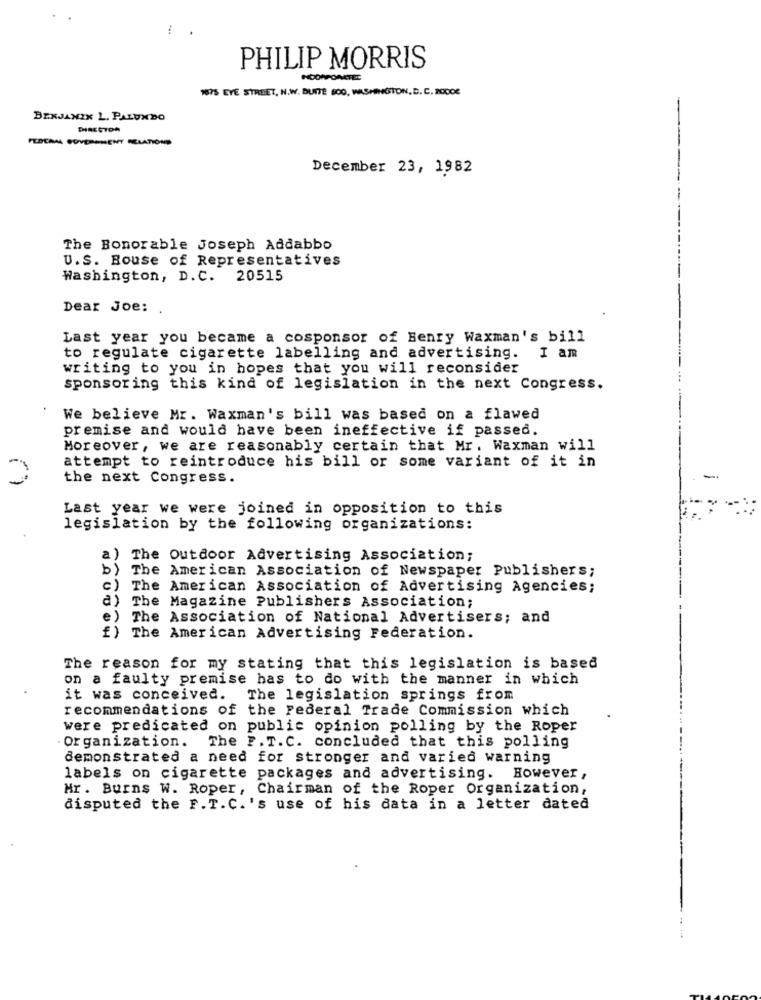
1
PHILIP MORRIS
1875 EYE STREET, N.W. BUTTE 800, WASHINGTON, D. C. 20008
BEXJANIX L. PALUNDO
DIRECTOR
FEDERAL GOVERNMENT RELATIOND
December 23, 1982
The Bonorable Joseph Addabbo
U.S. House of Representatives
Washington, D.C. 20515
Dear Joe:
Last year you became a cosponsor of Benry Waxman's bill
to regulate cigarette labelling and advertising.
I am
writing to you in hopes that you will reconsider
sponsoring this kind of legislation in the next Congress.
We believe Mr. Waxman's bill was based on a flawed
premise and would have been ineffective if passed.
Moreover, we are reasonably certain that Mr. Waxman will
attempt to reintroduce his bill or some variant of it in
the next Congress.
Last year we were joined in opposition to this
legislation by the following organizations:
a) The Outdoor Advertising Association;
b) The American Association of Newspaper Publishers;
c) The American Association of Advertising Agencies;
a) The Magazine Publishers Association;
e) The Association of National Advertisers; and
f) The American Advertising Federation.
The reason for my stating that this legislation is based
on a faulty premise has to do with the manner in which
it was conceived.
The legislation springs from
recommendations of the Federal Trade Commission which
were predicated on public opinion polling by the Roper
Organization. The F. T.C. concluded that this polling
demonstrated a need for stronger and varied warning
labels on cigarette packages and advertising. However,
Mr . Burns W. Roper, Chairman of the Roper Organization,
disputed the F.T.C.'s use of his data in a letter dated